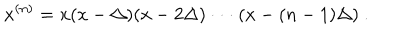
x ^ { ( n ) } = x ( x - \Delta ) ( x - 2 \Delta ) \cdot \cdot \cdot ( x - ( n - 1 ) \Delta ) \ .